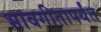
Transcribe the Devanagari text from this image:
भावगीतापर्यंत